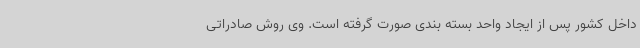
داخل کشور پس از ایجاد واحد بسته بندی صورت گرفته است. وی روش صادراتی